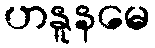
ဟနူနမေ